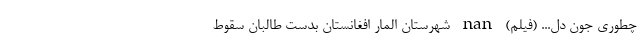
چطوری جون دل... (فیلم) nan شهرستان المار افغانستان بدست طالبان سقوط